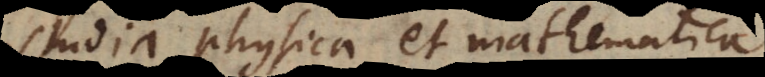
studia physica et mathematica